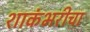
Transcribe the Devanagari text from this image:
शाकंभरीचा